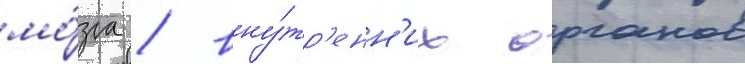
мо́зга / вну́тр'енн'их органов